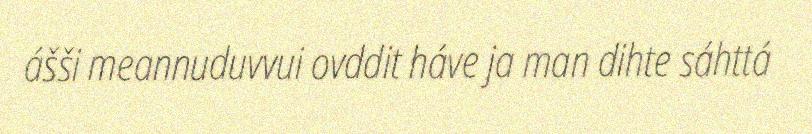
ášši meannuduvvui ovddit háve ja man dihte sáhttá